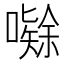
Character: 𭋤